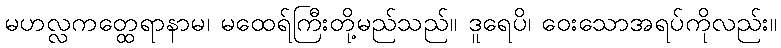
မဟလ္လကတ္ထေရာနာမ၊ မထေရ်ကြီးတို့မည်သည်။ ဒူရေပိ၊ ဝေးသောအရပ်ကိုလည်း။